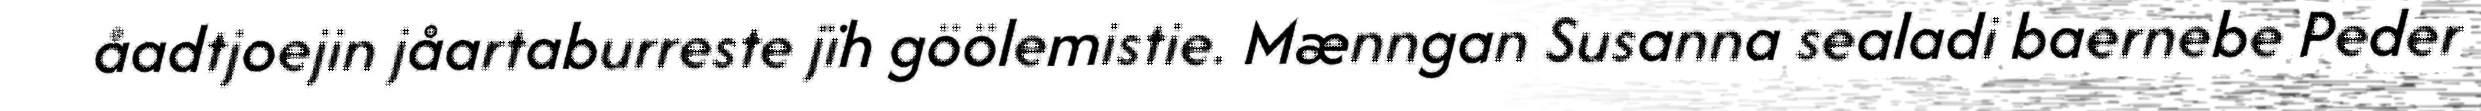
åadtjoejin jåartaburreste jïh göölemistie. Mænngan Susanna sealadi baernebe Peder